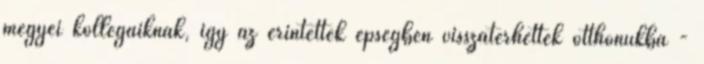
megyei kollégáiknak, így az érintettek épségben visszatérhettek otthonukba -